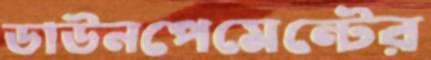
ডাউনপেমেন্টের